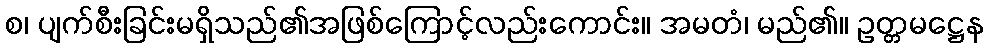
စ၊ ပျက်စီးခြင်းမရှိသည်၏အဖြစ်ကြောင့်လည်းကောင်း။ အမတံ၊ မည်၏။ ဥတ္တမဋ္ဌေန